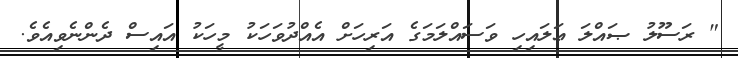
" ރަސޫލު ޞައްލަ ޢަލައިހި ވަސައްލަމަގެ އަރިހަށް އެއްދުވަހަކު މީހަކު އައިސް ދެންނެވިއެވެ.